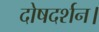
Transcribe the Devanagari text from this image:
दोषदर्शन।